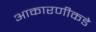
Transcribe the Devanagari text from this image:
आकारणीकडे